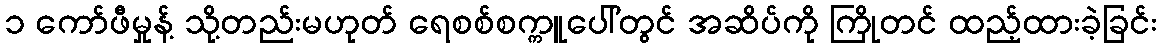
၁ ကော်ဖီမှုန့် သို့တည်းမဟုတ် ရေစစ်စက္ကူပေါ်တွင် အဆိပ်ကို ကြိုတင် ထည့်ထားခဲ့ခြင်း